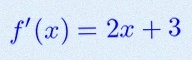
f'(x)=2x+3